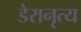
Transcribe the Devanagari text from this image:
डेरानृत्य